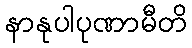
နာနုပါပုဏာမီတိ